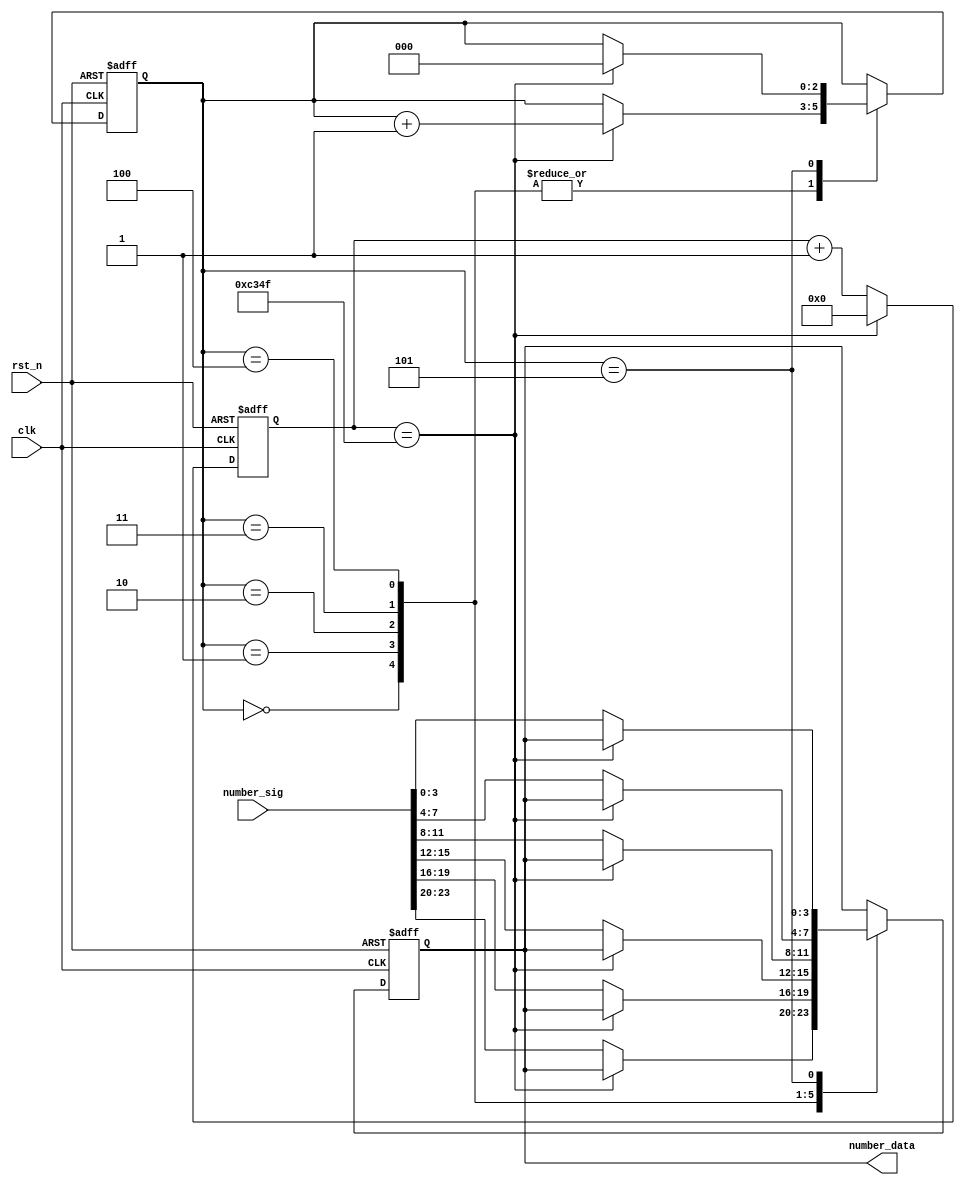
`timescale 1ns / 1ps
//////////////////////////////////////////////////////////////////////////////////
// Company: 
// Engineer: 
// 
// Design Name: 
// Module Name:    smg_control_module 
// Project Name: 
// Target Devices: 
// Tool versions: 
// Description: 
//
// Dependencies: 
//
// Revision: 
// Revision 0.01 - File Created
// Additional Comments: 
//
//////////////////////////////////////////////////////////////////////////////////
module smg_control_module
(
    clk,
    rst_n,
    number_sig,
    number_data
);
    
    input clk;
    input rst_n;
    
    input [23:0]number_sig;
    output [3:0]number_data;
    
    /******************************************/
    
    localparam T1MS = 16'd49_999;
    
    reg [15:0]count;
    
    always @(posedge clk or negedge rst_n) begin
        if (!rst_n)
            count <= 16'd0;
        else if (count == T1MS)
            count <= 16'd0;
        else
            count <= count + 1'b1;
    end
    
    reg [2:0]i;
    reg [3:0]rData;
    
    always @(posedge clk or negedge rst_n)
    begin
        if (!rst_n) begin
            i <= 3'd0;
            rData <= 4'd0;
        end
        else begin
            case(i)
                
                0:
                    if (count == T1MS)
                        i <= i + 1'b1;
                    else
                        rData <= number_sig[23:20];
                
                1:
                    if (count == T1MS)
                        i <= i + 1'b1;
                    else
                        rData <= number_sig[19:16];
                
                2:
                    if (count == T1MS)
                        i <= i + 1'b1;
                    else
                        rData <= number_sig[15:12];
                
                3:
                    if (count == T1MS)
                        i <= i + 1'b1;
                    else
                        rData <= number_sig[11:8];
                
                
                4:
                    if (count == T1MS)
                        i <= i + 1'b1;
                    else
                        rData <= number_sig[7:4];
                
                5:
                    if (count == T1MS)
                        i <= 3'd0;
                    else
                        rData <= number_sig[3:0];
                
            endcase
        end
    end

    assign number_data = rData;

endmodule